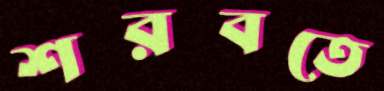
শরবতে